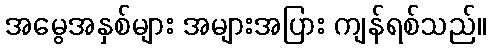
အမွေအနှစ်များ အများအပြား ကျန်ရစ်သည်။